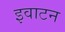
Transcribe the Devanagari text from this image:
इवाटन